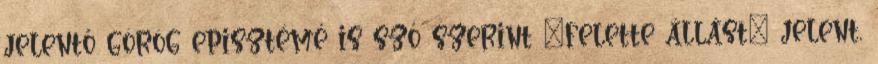
jelentő görög episztémé is szó szerint „felette állást” jelent,